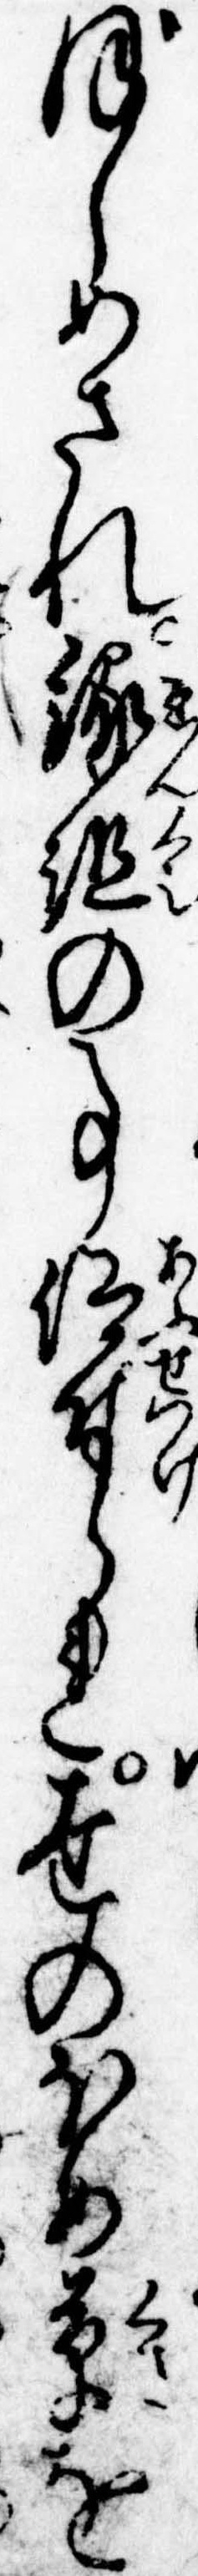
ぼしめされ縁組の事仰付られ世のほめ草を